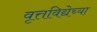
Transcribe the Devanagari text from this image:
वृत्तविद्येच्या